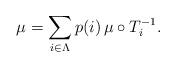
LaTeX: \begin{align*}\mu = \sum_{i \in \Lambda} p(i) \, \mu \circ T_i^{-1}.\end{align*}